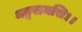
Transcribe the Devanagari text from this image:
मङ्गलमसि।।